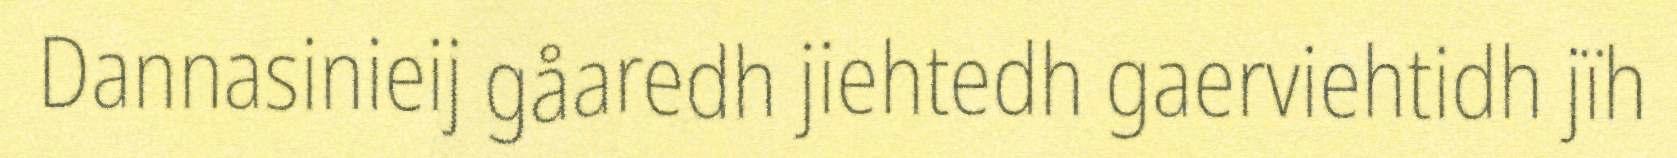
Dannasinieij gåaredh jiehtedh gaerviehtidh jïh